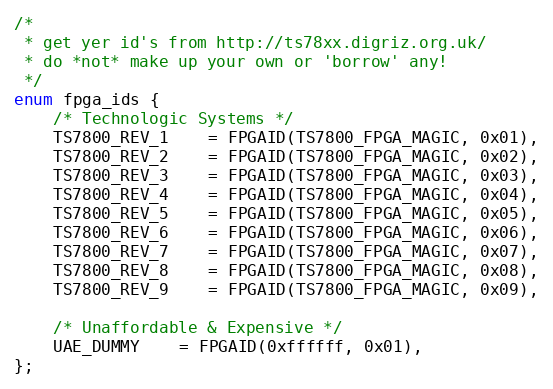
Language: C
/*
 * get yer id's from http://ts78xx.digriz.org.uk/
 * do *not* make up your own or 'borrow' any!
 */
enum fpga_ids {
	/* Technologic Systems */
	TS7800_REV_1	= FPGAID(TS7800_FPGA_MAGIC, 0x01),
	TS7800_REV_2	= FPGAID(TS7800_FPGA_MAGIC, 0x02),
	TS7800_REV_3	= FPGAID(TS7800_FPGA_MAGIC, 0x03),
	TS7800_REV_4	= FPGAID(TS7800_FPGA_MAGIC, 0x04),
	TS7800_REV_5	= FPGAID(TS7800_FPGA_MAGIC, 0x05),
	TS7800_REV_6	= FPGAID(TS7800_FPGA_MAGIC, 0x06),
	TS7800_REV_7	= FPGAID(TS7800_FPGA_MAGIC, 0x07),
	TS7800_REV_8	= FPGAID(TS7800_FPGA_MAGIC, 0x08),
	TS7800_REV_9	= FPGAID(TS7800_FPGA_MAGIC, 0x09),

	/* Unaffordable & Expensive */
	UAE_DUMMY	= FPGAID(0xffffff, 0x01),
};